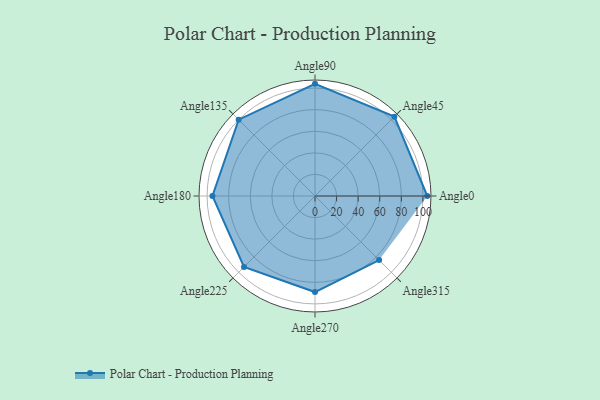
{"axis": {"x": "Angle", "y": "Radius"}, "legend": [""], "data": [{"x": "Angle0", "y": 104.0, "type": ""}, {"x": "Angle45", "y": 104.0, "type": ""}, {"x": "Angle90", "y": 104.0, "type": ""}, {"x": "Angle135", "y": 100.0, "type": ""}, {"x": "Angle180", "y": 95.0, "type": ""}, {"x": "Angle225", "y": 93.0, "type": ""}, {"x": "Angle270", "y": 89.0, "type": ""}, {"x": "Angle315", "y": 84.0, "type": ""}]}